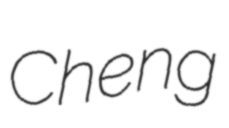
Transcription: Cheng